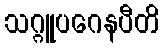
သဂ္ဂူပဂေနပီတိ